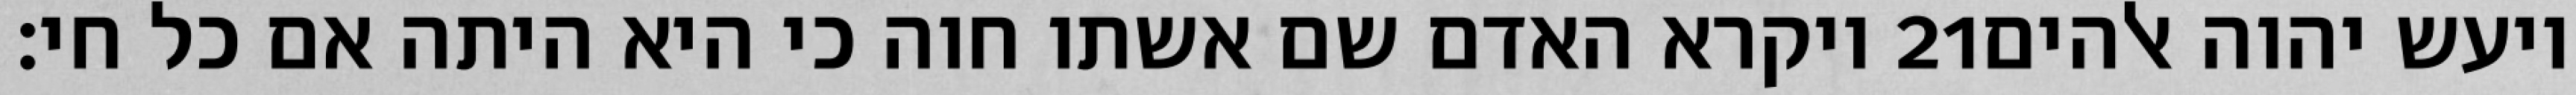
ויקרא האדם שם אשתו חוה כי היא היתה אם כל חי׃ ‎21‏ ויעש יהוה אלהים